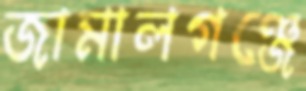
জামালগঞ্জে